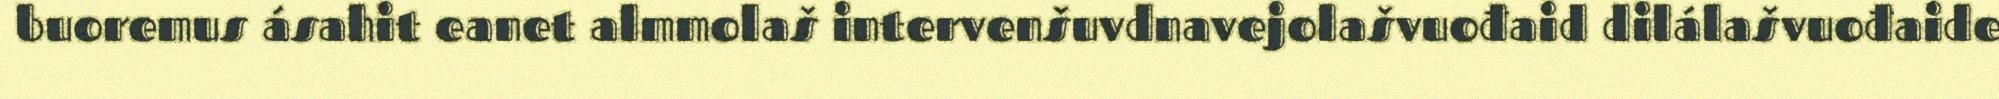
buoremus ásahit eanet almmolaš intervenšuvdnavejolašvuođaid dilálašvuođaide